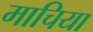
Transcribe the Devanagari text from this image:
माचिया